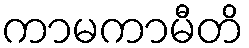
ကာမကာမီတိ